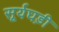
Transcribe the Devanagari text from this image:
सूर्यघड़ी